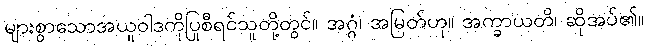
များစွာသောအယူဝါဒကိုပြုစီရင်သူတို့တွင်။ အဂ္ဂံ၊ အမြတ်ဟု။ အက္ခာယတိ၊ ဆိုအပ်၏။